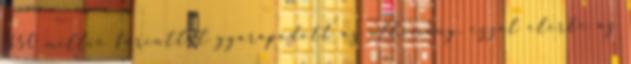
350 millió forinttal gyarapodott az állomány, ezzel elérte az